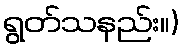
ရွတ်သနည်း။)